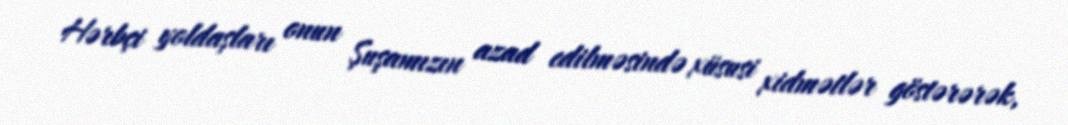
Hərbçi yoldaşları onun Şuşamızın azad edilməsində xüsusi xidmətlər göstərərək,